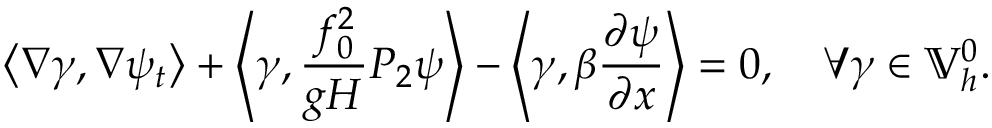
\left\langle \nabla \gamma , \nabla \psi _ { t } \right\rangle + \left\langle \gamma , \frac { f _ { 0 } ^ { 2 } } { g H } P _ { 2 } \psi \right\rangle - \left\langle \gamma , \beta \frac { \partial \psi } { \partial x } \right\rangle = 0 , \quad \forall \gamma \in \mathbb { V } _ { h } ^ { 0 } .